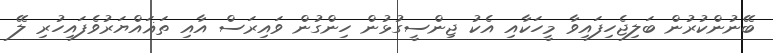
ބޭނުންކުރުން ބަލިޖެހިފައިވާ މީހަކާއި އެކު ޖިންސީގުޅުން ހިންގުން ވައިރަސް އާއި ތަޣައްޔަރުވެފައިހުރި ލޭ